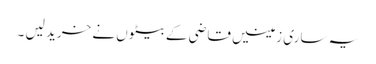
یہ ساری زمینیں قاضی کے بیٹوں نے خرید لیں ۔